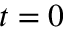
t = 0